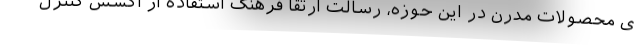
ی محصولات مدرن در این حوزه، رسالت ارتقا فرهنگ استفاده از اکسس کنترل